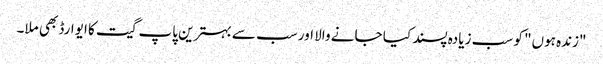
"زندہ ہوں" کو سب زیادہ پسند کیا جانے والا اور سب سے بہترین پاپ گیت کا ایوارڈ بھی ملا۔